Report on inoculation in the plague infected areas of the Punjab and its dependencies from October 1900 to September 1901
Year: 1900
Disease focus: Plague
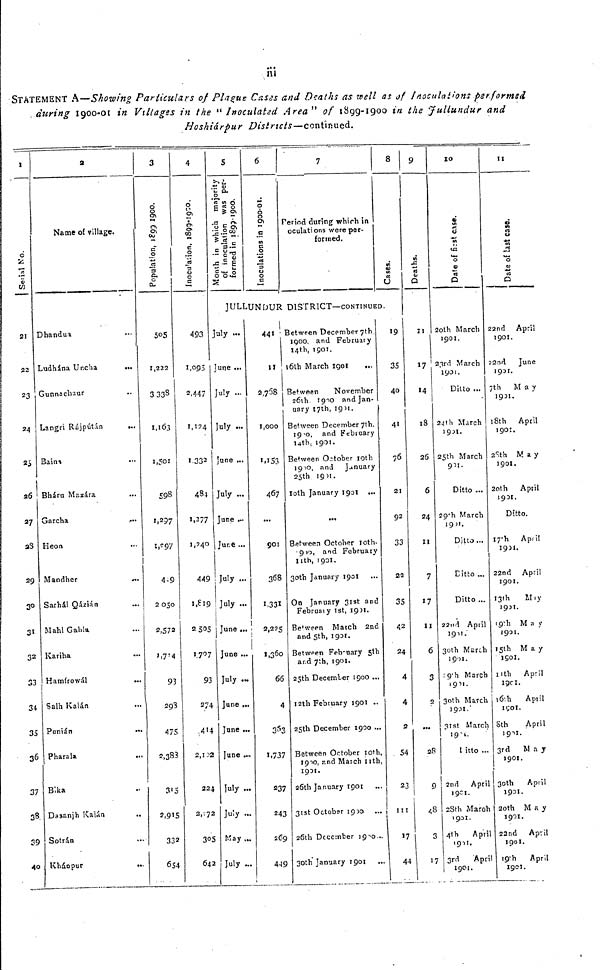
ni
STATEMENT A—Showing Particulars of Plague Cates and Deaths as well as of inoculations performed
during 1900-01 in Villages in the "Inoculated Area' 1 of 1899-1900 in the Jullundur and
Hoshiárpur Districts—continued.
1
Serial No.
21
22
23
25
26
27
28
29
30
31
32
33
34
35
36
37
38
39
40
2
Name of village.
Dhandua
Ludhána Uncha
Gunnachaur
Langri Rájpútán
Bains
...
Bháru Masára
Garcha
...
Heon
Mandher
Sarhál Qázián
Mahl Gahla
Kariha
Hamírowál
Salh Kalán
Punián
Pharala
Blka
Dasanjh Raíán
Sotrán
Kháopur
...
3
Population, 1899-1900.
505
1,222
3 33 8
1.163
1,501
598
1,237
1,297
4-9
2050
2,572
1,7'4
93
293
475
2,383
315
2.915
332
654
4
Inoculation, 1899-1900.
493
1,095
2.447
1,124
1,332
484
1,277
1,240
449
1,619
2505
1,707
93
274
414
2,102
224
2,172
305
642
5
Month in which majority
of inoculation was Per-
formed in 1899-1900.
6
Inoculations in 1900-01.
7
Period during which in
oculations were per-
formed.
8
Cases.
JULLUNDUR DISTRICT—CONTINUED.
July
June ...
July ...
July ...
June ...
July ...
June
June
July ...
July ...
June ,..
June ...
July ...
June ...
June ...
June ..,
July
July ...
May ...
July ...
441
11
2,768
1,000
1,153
467
...
got
368
1,331
2,225
1,360
66
4
363
1,737
237
243
269
449
Between December 7th,
1900, and February
14th, 1901.
16th March
1901
Between
November
261h 1910 and Jan-
uary 17th, 1901.
Between December 7th,
1900, and February
14th, 1901.
Between October 10th
1900, and
January
25th 1901.
10th January 1901 ...
...
Between October loth-
'900, and February
11th, 1901.
30th January 1901 ...
On January 31st and
February 1st, 1901.
Between Match 2nd
and 5th, 1901.
Between February 5th
and 7th, 1901.
25th December 1900 ...
12th February 1901
25th December 1900 ...
Between October 10th,
1910, and March nth,
1901.
26th January 1901
31st October 1900
26th December 1900
30th January 1901
19
35
40
41
76
21
92
33
22
35
42
24
4
4
2
54
23
111
17
44
9
Deaths.
11
17
14
18
26
6
24
11
7
17
11
6
3
2
...
28
9
48
3
17
10
Date of first case.
2oth March
1901.
23rd March
1901.
Ditto
24th March
1931.
25th March
901.
Ditto ...
29th March
1901.
Ditto
Ditto ...
Ditto ...
22nd April
1901.
30th March
1901.
19th March
1911.
30th March
1901.'
31st March
1901.
1 in to
2nd
April
1901.
28th March
1901.
4th April
1911.
3rd April
1901.
11
Date of last case.
22nd
April
1901.
22nd June
1901.
7th
May
1931.
18th April
190:.
28th
May
1901.
20th
April
1931.
Ditto.
17th
April
1931.
22nd
April
1901.
13th May
1931.
19th
May
1901.
15th
May
1901
11th April
1901
16th April
1901.
6th
April
1901.
3rd
May
1901.
30th
April
1931.
20th
May
1901.
22nd
April
1901.
19th
April
1901.